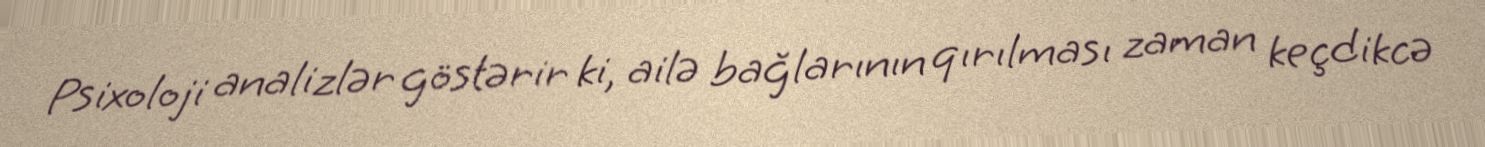
Psixoloji analizlər göstərir ki, ailə bağlarının qırılması zaman keçdikcə